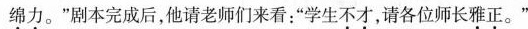
绵力。”剧本完成后，他请老师们来看：”学生不才，请各位师长雅正。